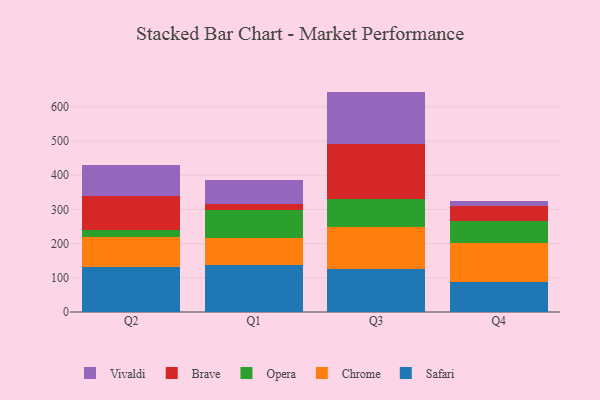
{"axis": {"x": "Quarter", "y": "Waste Production (Tons)"}, "legend": ["Brave", "Chrome", "Opera", "Safari", "Vivaldi"], "data": [{"x": "Q2", "y": 130.6, "type": "Safari"}, {"x": "Q2", "y": 89.1, "type": "Chrome"}, {"x": "Q2", "y": 20.4, "type": "Opera"}, {"x": "Q2", "y": 97.8, "type": "Brave"}, {"x": "Q2", "y": 93.2, "type": "Vivaldi"}, {"x": "Q1", "y": 138.7, "type": "Safari"}, {"x": "Q1", "y": 78.7, "type": "Chrome"}, {"x": "Q1", "y": 81.3, "type": "Opera"}, {"x": "Q1", "y": 18.1, "type": "Brave"}, {"x": "Q1", "y": 69.7, "type": "Vivaldi"}, {"x": "Q3", "y": 124.8, "type": "Safari"}, {"x": "Q3", "y": 122.5, "type": "Chrome"}, {"x": "Q3", "y": 82.5, "type": "Opera"}, {"x": "Q3", "y": 162.2, "type": "Brave"}, {"x": "Q3", "y": 152.7, "type": "Vivaldi"}, {"x": "Q4", "y": 86.7, "type": "Safari"}, {"x": "Q4", "y": 114.0, "type": "Chrome"}, {"x": "Q4", "y": 64.4, "type": "Opera"}, {"x": "Q4", "y": 44.5, "type": "Brave"}, {"x": "Q4", "y": 14.6, "type": "Vivaldi"}]}